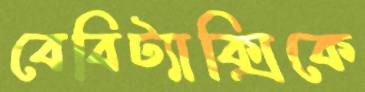
বেবিট্যাক্সিকে